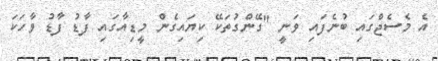
އެ މެސެޖްގައި ބުނެފައި ވަނީ "ގޭންގުތަކޭ ކިޔައިގެން މީޑިއާގައި ފާޑު ފާޑު ވާހަކަ